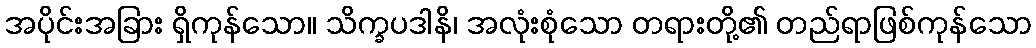
အပိုင်းအခြား ရှိကုန်သော။ သိက္ခပဒါနိ၊ အလုံးစုံသော တရားတို့၏ တည်ရာဖြစ်ကုန်သော